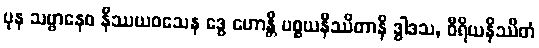
ပုန သဗ္ဗာနေဝ နိဿယဝသေန ဒွေ ဟောန္တိ ပစ္စယနိဿိတာနိ ဒွါဒသ, ဝီရိယနိဿိတံ